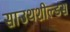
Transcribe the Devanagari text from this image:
साउथशील्डस